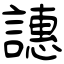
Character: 譓